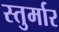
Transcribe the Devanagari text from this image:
स्तुर्मार